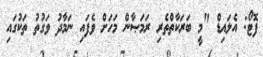
ފޮޓޯ: އެލައިޑް "މީ ބަރަކާތްތެރި ރަމަޞާން މަހަށް ވެފައި ނަމާދު ވަގުތު ތަކުގައި